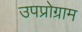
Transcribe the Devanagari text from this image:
उपप्रोग्राम